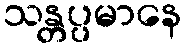
သန္တပ္ပမာနေ